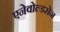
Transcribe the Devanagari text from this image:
एनेवोल्डसेन